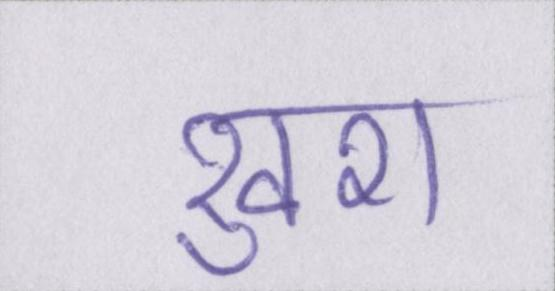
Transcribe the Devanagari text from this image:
खुश